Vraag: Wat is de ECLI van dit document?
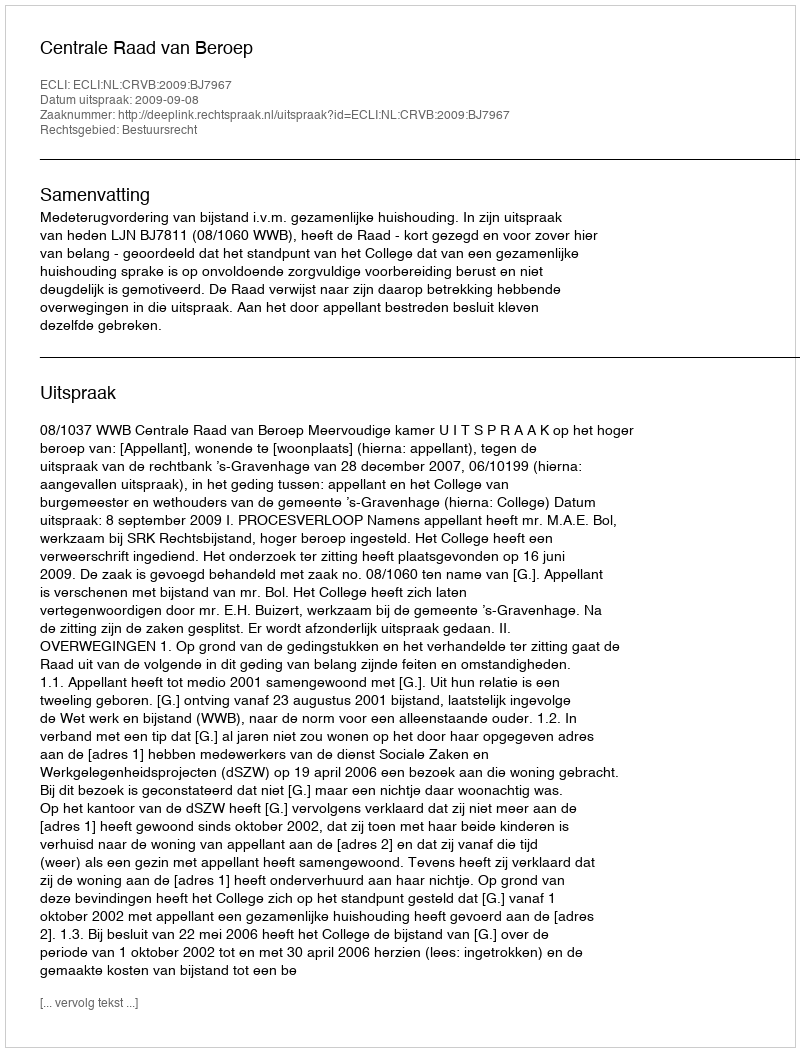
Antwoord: ECLI:NL:CRVB:2009:BJ7967